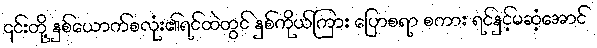
၎င်းတို့ နှစ်ယောက်စလုံး၏ရင်ထဲတွင် နှစ်ကိုယ်ကြား ပြောစရာ စကား ရင်နှင့်မဆံ့အောင်